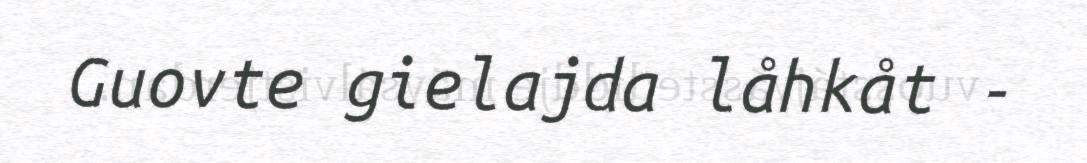
Guovte gielajda låhkåt -